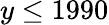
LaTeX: y\le 1990